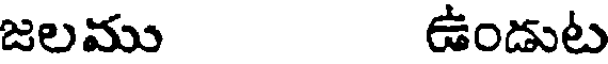
జలము ఉండుట